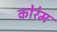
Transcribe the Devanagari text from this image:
कोरेम